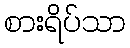
စားရိပ်သာ